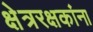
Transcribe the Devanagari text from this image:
क्षेत्ररक्षकांना